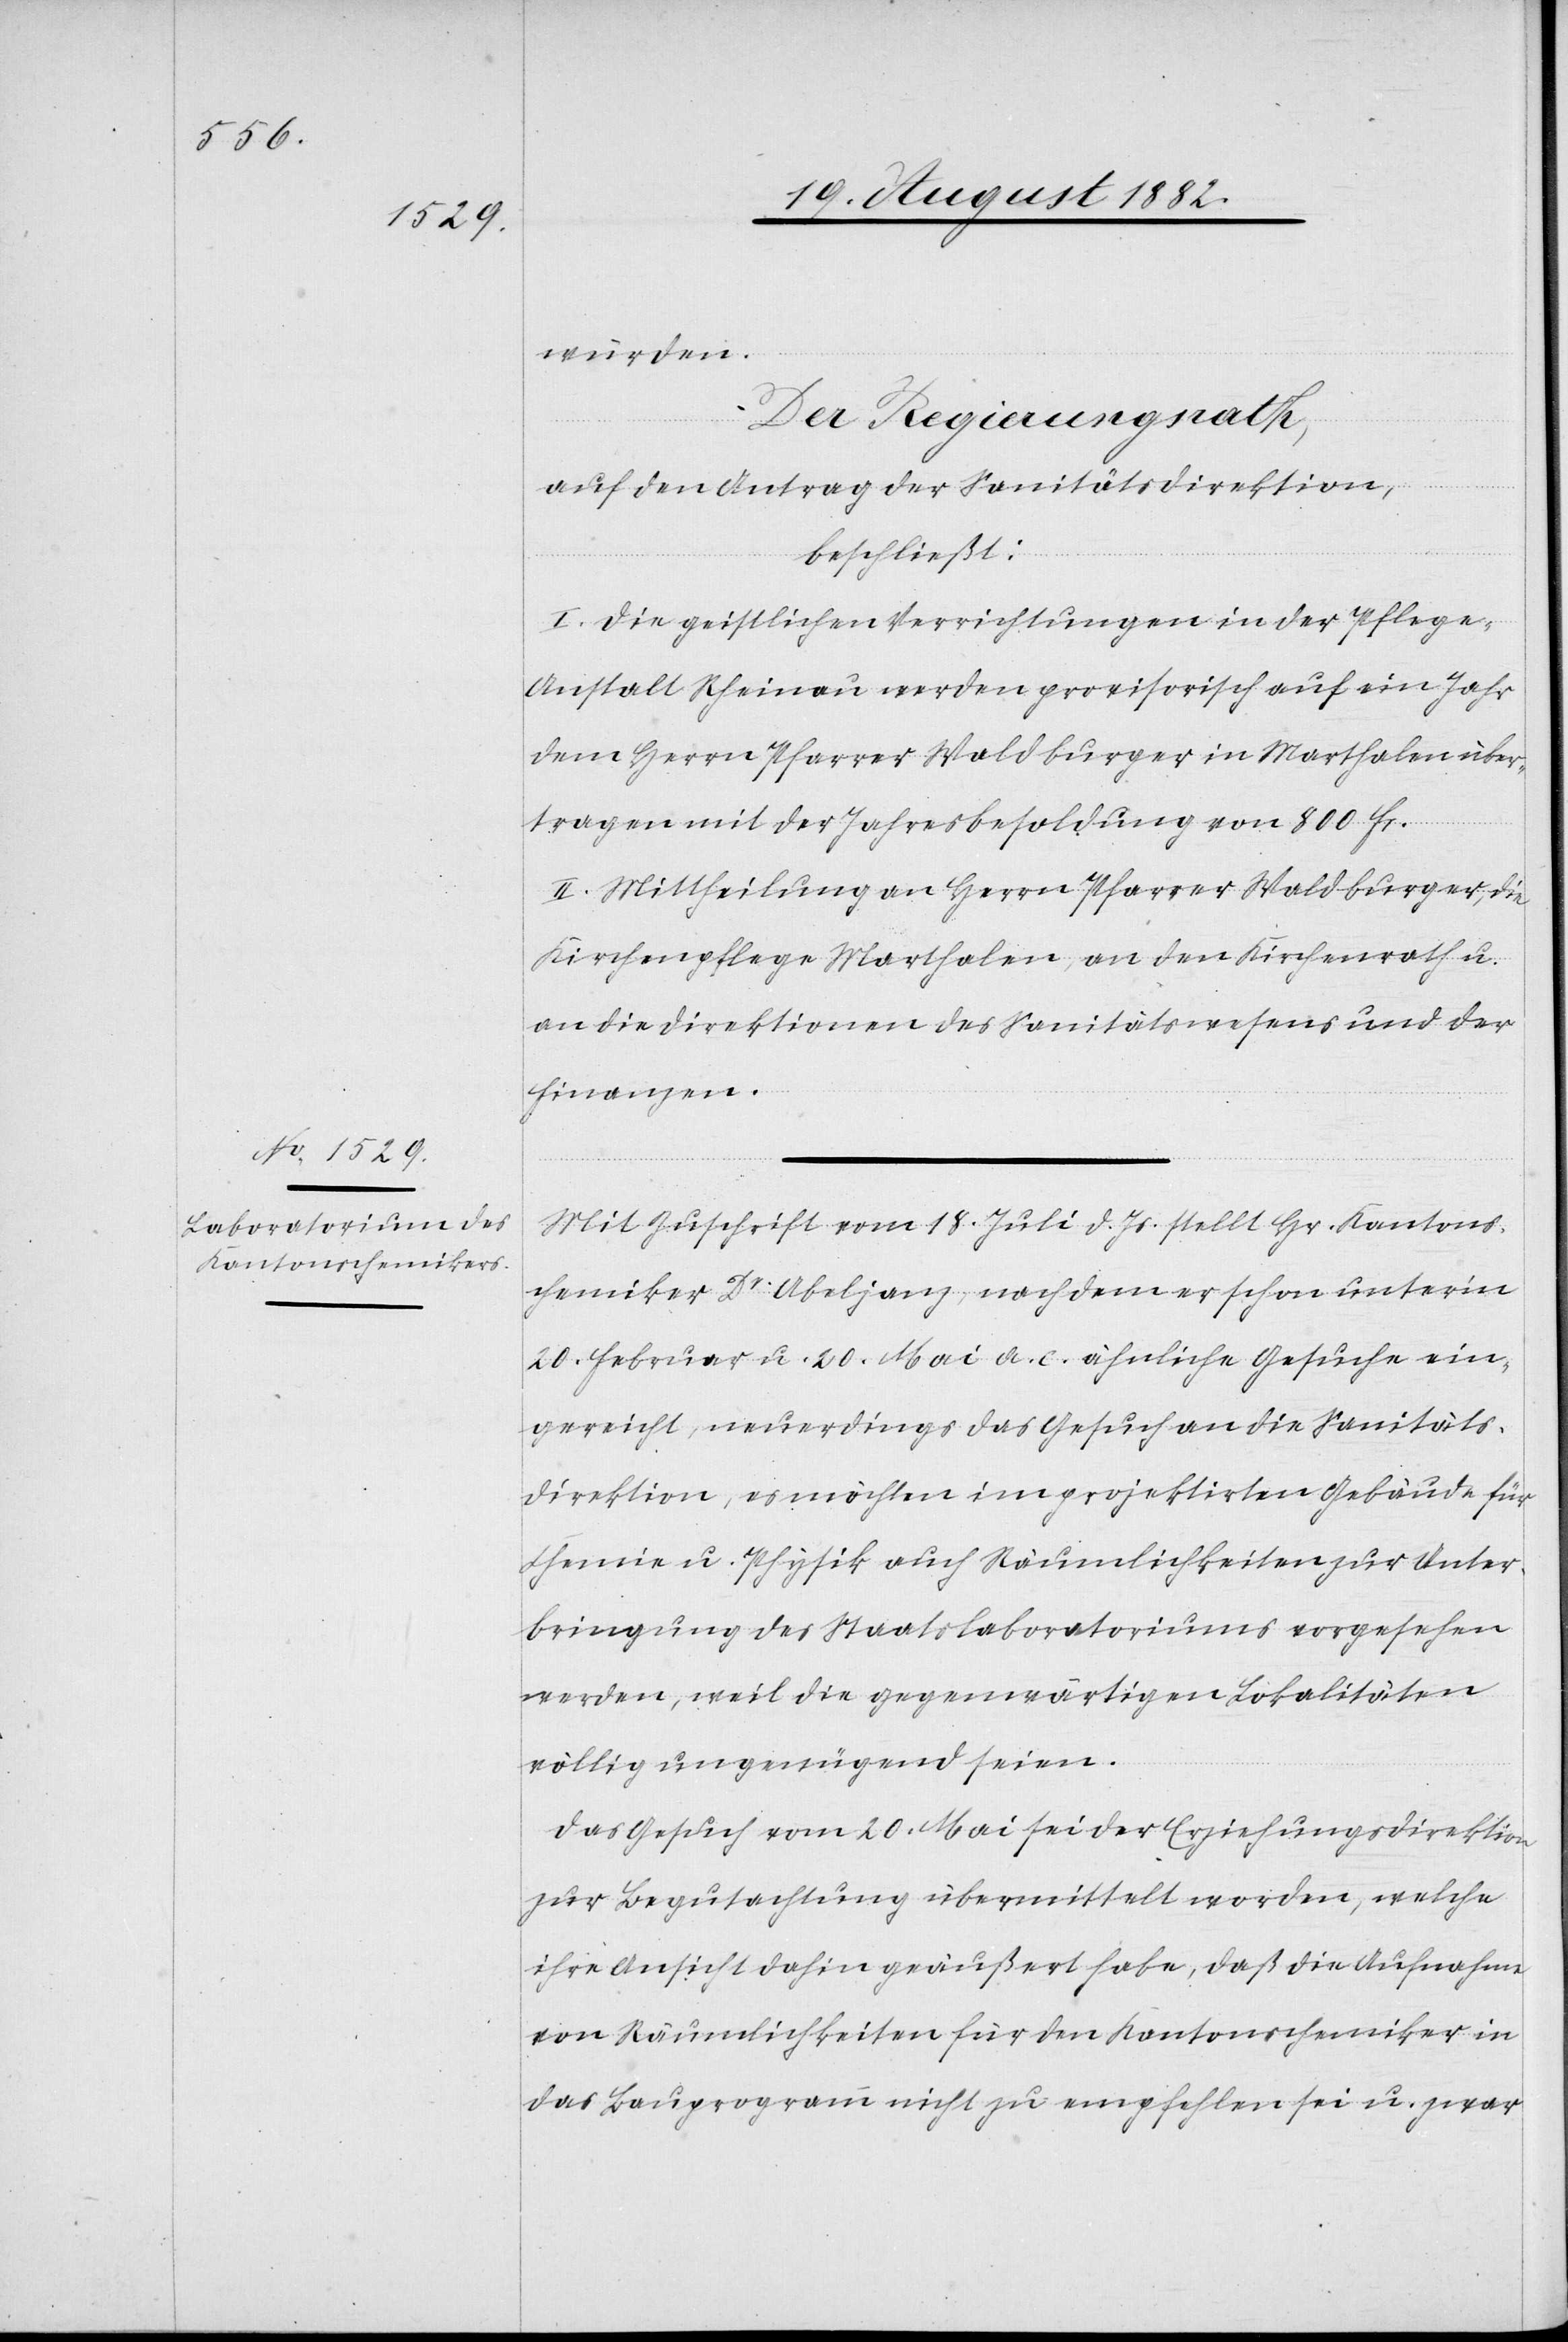
würden.
Der Regierungsrath;
auf den Antrag der Sanitätsdirektion,
beschließt:
I. Die geistlichen Verrichtungen in der Pflege¬
anstalt Rheinau werden provisorisch auf ein Jahr
dem Herrn Pfarrer Waldburger in Marthalen über¬
tragen mit der Jahresbesoldung von 800 Fr.
II. Mittheilung an Herrn Pfarrer Waldburger, die
Kirchenpflege Marthalen, an den Kirchenrath u.
an die Direktionen des Sanitätswesens und der
Finanzen.
Mit Zuschrift vom 18. Juli d. Js. stellt Hr. Kantons¬
chemiker Dr Abeljanz, nachdem er schon unter’m
20. Februar u. 20. Mai a. c. ähnliche Gesuche ein¬
gereicht, neuerdings das Gesuch an die Sanitäts¬
direktion, es möchten im projektirten Gebäude für
Chemie u. Physik auch Räumlichkeiten zur Unter¬
bringung des Staatslaboratoriums vorgesehen
werden, weil die gegenwärtigen Lokalitäten
völlig ungenügend seien.
Das Gesuch vom 20. Mai sei der Erziehungsdirektion
zur Begutachtung übermittelt worden, welche
ihre Ansicht dahin geäußert habe, daß die Aufnahme
von Räumlichkeiten für den Kantonschemiker in
das Bauprogramm nicht zu empfehlen sei u. zwar